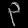
Digit: ၃